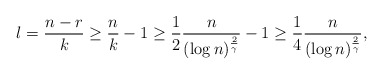
\begin{align*} l = \frac{n-r}{k} \geq \frac{n}{k} - 1 \geq \frac{1}{2} \frac{n}{(\log n)^{\frac{2}{\gamma}}} - 1 \geq \frac{1}{4} \frac{n}{(\log n)^{\frac{2}{\gamma}}},\end{align*}